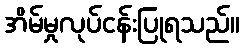
အိမ်မှုလုပ်ငန်းပြုရသည်။